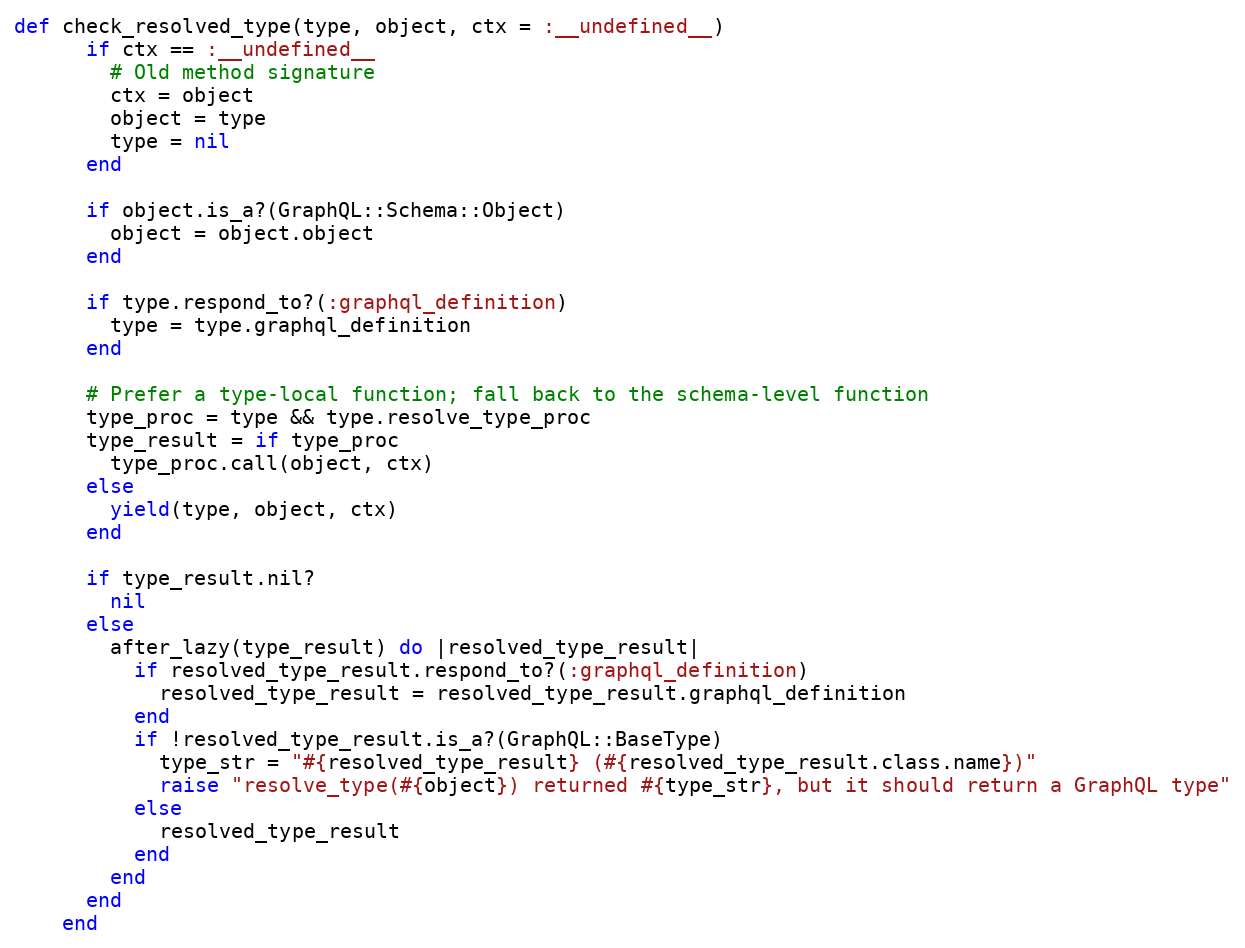
Language: Ruby
def check_resolved_type(type, object, ctx = :__undefined__)
      if ctx == :__undefined__
        # Old method signature
        ctx = object
        object = type
        type = nil
      end

      if object.is_a?(GraphQL::Schema::Object)
        object = object.object
      end

      if type.respond_to?(:graphql_definition)
        type = type.graphql_definition
      end

      # Prefer a type-local function; fall back to the schema-level function
      type_proc = type && type.resolve_type_proc
      type_result = if type_proc
        type_proc.call(object, ctx)
      else
        yield(type, object, ctx)
      end

      if type_result.nil?
        nil
      else
        after_lazy(type_result) do |resolved_type_result|
          if resolved_type_result.respond_to?(:graphql_definition)
            resolved_type_result = resolved_type_result.graphql_definition
          end
          if !resolved_type_result.is_a?(GraphQL::BaseType)
            type_str = "#{resolved_type_result} (#{resolved_type_result.class.name})"
            raise "resolve_type(#{object}) returned #{type_str}, but it should return a GraphQL type"
          else
            resolved_type_result
          end
        end
      end
    end